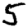
Digit: 5